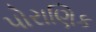
પોરાણિક